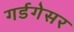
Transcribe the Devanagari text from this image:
गर्डगेसर